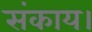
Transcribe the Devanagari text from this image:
संकाय।